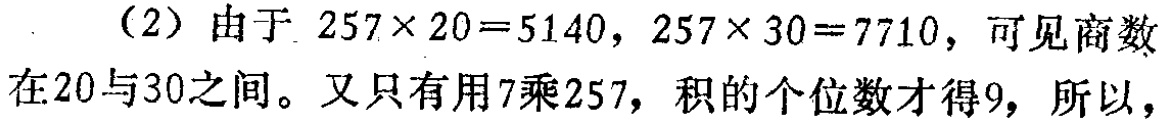
（2）由于 \(257\times 20 = 5140\)，\(257\times 30 = 7710\)，可见商数在20与30之间。又只有用7乘257，积的个位数才得9，所以，